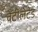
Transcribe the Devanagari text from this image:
वेंटीलेटेड